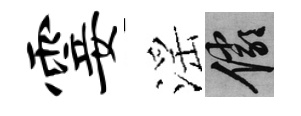
霎滛儼